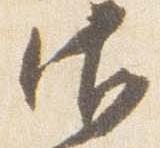
御